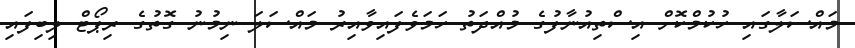
މައްސަލާގައި ހުކުމްކޮށް އިސްތިއުނާފުގެ މުއްދަތު ހަމަވެފައިވާއިރު މައްސަލަ ނިމުނު ގޮތުގެ ރިޕޯޓް ލިބިފައި